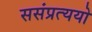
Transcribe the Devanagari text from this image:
ससंप्रत्ययो